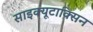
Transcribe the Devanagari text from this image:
साइक्यूटाक्सिन